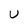
Character: U